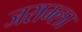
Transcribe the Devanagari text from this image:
जराम्ला